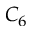
C _ { 6 }